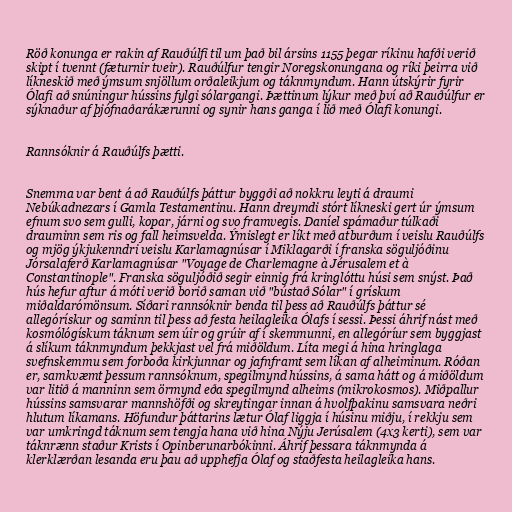
Röð konunga er rakin af Rauðúlfi til um það bil ársins 1155 þegar ríkinu hafði verið
skipt í tvennt (fæturnir tveir). Rauðúlfur tengir Noregskonungana og ríki þeirra við
líkneskið með ýmsum snjöllum orðaleikjum og táknmyndum. Hann útskýrir fyrir
Ólafi að snúningur hússins fylgi sólargangi. Þættinum lýkur með því að Rauðúlfur er
sýknaður af þjófnaðarákærunni og synir hans ganga í lið með Ólafi konungi.

Rannsóknir á Rauðúlfs þætti.

Snemma var bent á að Rauðúlfs þáttur byggði að nokkru leyti á draumi
Nebúkadnezars í Gamla Testamentinu. Hann dreymdi stórt líkneski gert úr ýmsum
efnum svo sem gulli, kopar, járni og svo framvegis. Daníel spámaður túlkaði
drauminn sem ris og fall heimsvelda. Ýmislegt er líkt með atburðum í veislu Rauðúlfs
og mjög ýkjukenndri veislu Karlamagnúsar í Miklagarði í franska söguljóðinu
Jórsalaferð Karlamagnúsar "Voyage de Charlemagne à Jérusalem et à
Constantinople". Franska söguljóðið segir einnig frá kringlóttu húsi sem snýst. Það
hús hefur aftur á móti verið borið saman við "bústað Sólar" í grískum
miðaldarómönsum. Síðari rannsóknir benda til þess að Rauðúlfs þáttur sé
allegórískur og saminn til þess að festa heilagleika Ólafs í sessi. Þessi áhrif nást með
kosmólógískum táknum sem úir og grúir af í skemmunni, en allegóríur sem byggjast
á slíkum táknmyndum þekkjast vel frá miðöldum. Líta megi á hina hringlaga
svefnskemmu sem forboða kirkjunnar og jafnframt sem líkan af alheiminum. Róðan
er, samkvæmt þessum rannsóknum, spegilmynd hússins, á sama hátt og á miðöldum
var litið á manninn sem örmynd eða spegilmynd alheims (mikrokosmos). Miðpallur
hússins samsvarar mannshöfði og skreytingar innan á hvolfþakinu samsvara neðri
hlutum líkamans. Höfundur þáttarins lætur Ólaf liggja í húsinu miðju, í rekkju sem
var umkringd táknum sem tengja hana við hina Nýju Jerúsalem (4x3 kerti), sem var
táknrænn staður Krists í Opinberunarbókinni. Áhrif þessara táknmynda á
klerklærðan lesanda eru þau að upphefja Ólaf og staðfesta heilagleika hans.